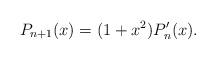
LaTeX: \begin{align*}P_{n+1}(x)=(1+x^2)P_n'(x).\end{align*}